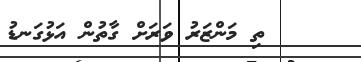
ތި މަންޒަރު ވަރަށް ގާތުން އަޅުގަނޑު